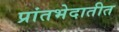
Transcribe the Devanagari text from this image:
प्रांतभेदातीत